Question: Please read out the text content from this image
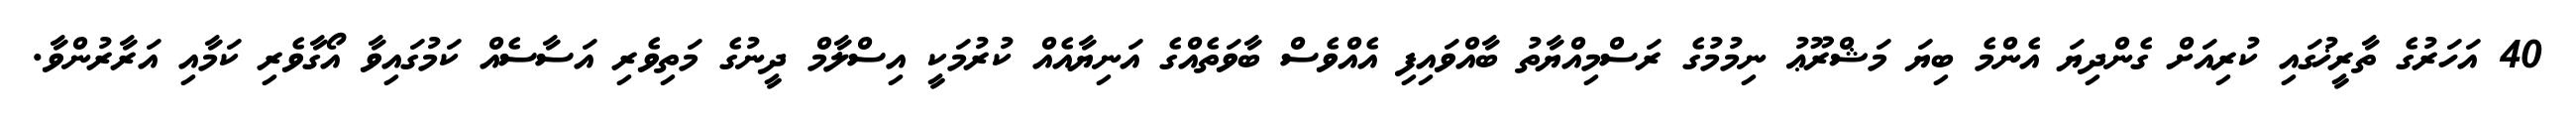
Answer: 40 އަހަރުގެ ތާރީޚުގައި ކުރިއަށް ގެންދިޔަ އެންމެ ބިޔަ މަޝްރޫޢު ނިމުމުގެ ރަސްމިއްޔާތު ބާއްވައިފި އެއްވެސް ބާވަތެއްގެ އަނިޔާއެއް ކުރުމަކީ އިސްލާމް ދީނުގެ މަތިވެރި އަސާސެއް ކަމުގައިވާ އޯގާވެރި ކަމާއި އަރާރުންވާ.